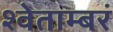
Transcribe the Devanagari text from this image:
श्वेताम्बरं